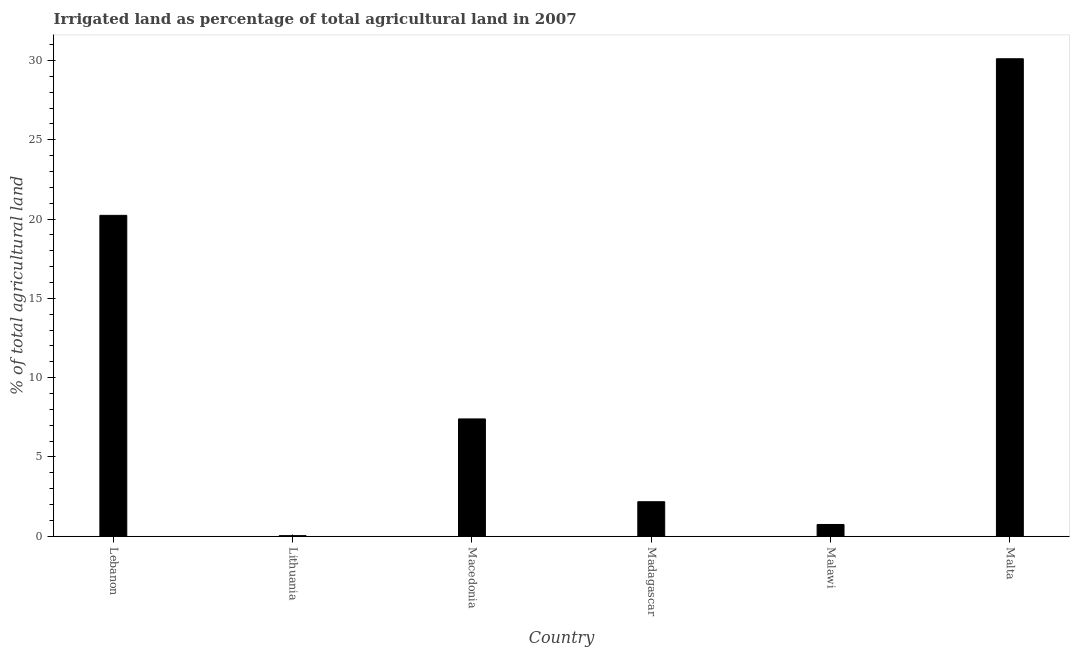
| Country | Agricultural irrigated land  |
 | --- | --- |
 | Lebanon | 20.2 |
 | Lithuania | 0.0371 |
 | Macedonia | 7.4 |
 | Madagascar | 2.18 |
 | Malawi | 0.742 |
 | Malta | 30.1 |